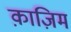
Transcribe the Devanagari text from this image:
क़ाज़िम